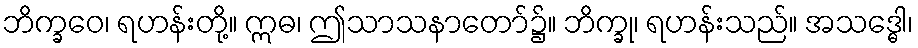
ဘိက္ခဝေ၊ ရဟန်းတို့။ ဣဓ၊ ဤသာသနာတော်၌။ ဘိက္ခု၊ ရဟန်းသည်။ အသဒ္ဓေါ၊